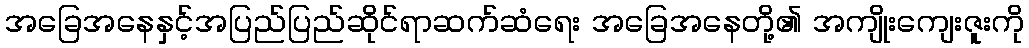
အခြေအနေနှင့်အပြည်ပြည်ဆိုင်ရာဆက်ဆံရေး အခြေအနေတို့၏ အကျိုးကျေးဇူးကို